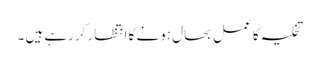
تخلیہ کا عمل بحال ہونے کا انتظار کررہے ہیں ۔